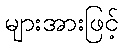
များအားဖြင့်